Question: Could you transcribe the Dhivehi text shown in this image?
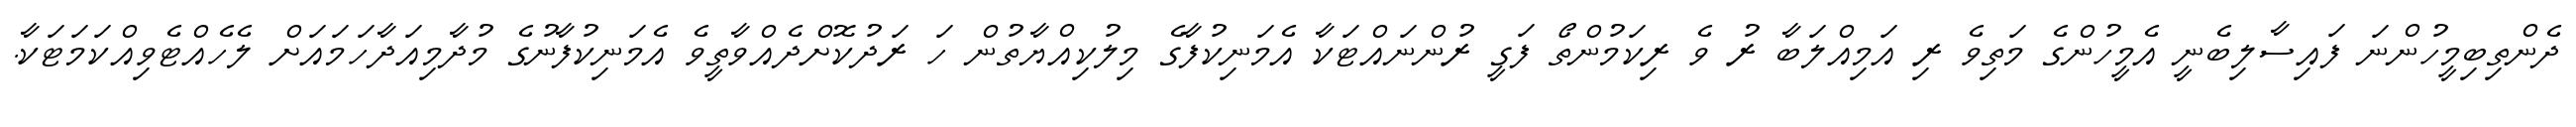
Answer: ދެންތިބިމީހުންނަ ފައިސާލިބެނީ އެމީހުންގެ މަތިވެ ރި އަމިއްލަބާ ރު ވެ ރިކަމުންތޯ ފަގީ ރުންނައްޓަކާ އެމަނިކުފާގެ މިލުކިއްޔާތުން ހަ ރަދުކޮށްދެއްވާތީވެ އެމަނިކުފާނުގެ މުދާމިއަދާހަމައަށް ލެހެއްޓެވިއްކަމަޓަކާ.